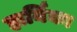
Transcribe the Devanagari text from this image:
हार्निका